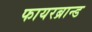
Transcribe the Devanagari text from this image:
फायरब्रान्ड